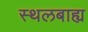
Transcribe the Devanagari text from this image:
स्थलबाह्य